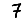
Digit: 7